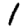
Digit: 1